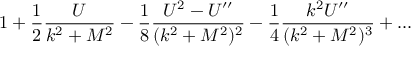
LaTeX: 1 + { \frac { 1 } { 2 } } { \frac { U } { k ^ { 2 } + M ^ { 2 } } } - { \frac { 1 } { 8 } } { \frac { U ^ { 2 } - U ^ { \prime \prime } } { ( k ^ { 2 } + M ^ { 2 } ) ^ { 2 } } } - { \frac { 1 } { 4 } } { \frac { k ^ { 2 } U ^ { \prime \prime } } { ( k ^ { 2 } + M ^ { 2 } ) ^ { 3 } } } + . . .